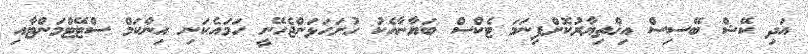
އަދި ކޭޝް ބޭސިސް އިޚްތިޔާރުކޮށްފިނަމަ ޓެކްސް ބަޔާނާއެކު ހުށަހަޅަންޖެހޭނީ ހަމައެކަނި އިންކަމް ސްޓޭޓްމަންޓާއި